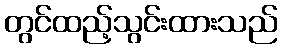
တွင်ထည့်သွင်းထားသည်